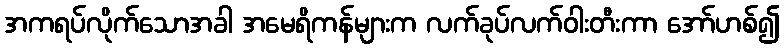
အကရပ်လိုက်သောအခါ အမေရိကန်များက လက်ခုပ်လက်ဝါးတီးကာ အော်ဟစ်၍